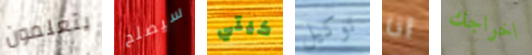
يتعلمون سيصلح كيتي توكيل انا اخراجك